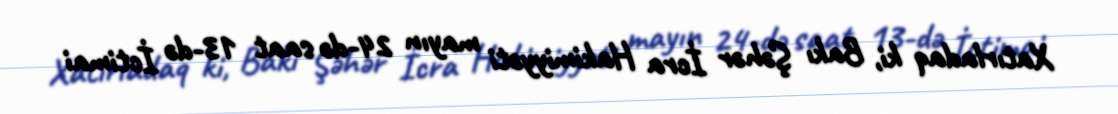
Xatırladaq ki, Bakı Şəhər İcra Hakimiyyəti mayın 24-də saat 13-də İctimai